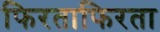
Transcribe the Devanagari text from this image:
फिरताफिरता